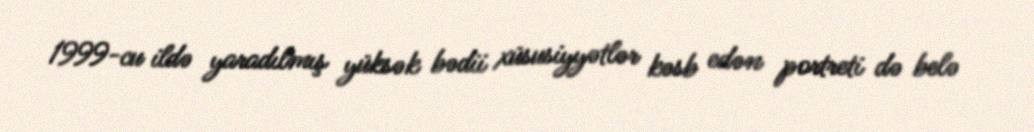
1999-cu ildə yaradılmış yüksək bədii xüsusiyyətlər kəsb edən portreti də belə